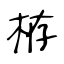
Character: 栫